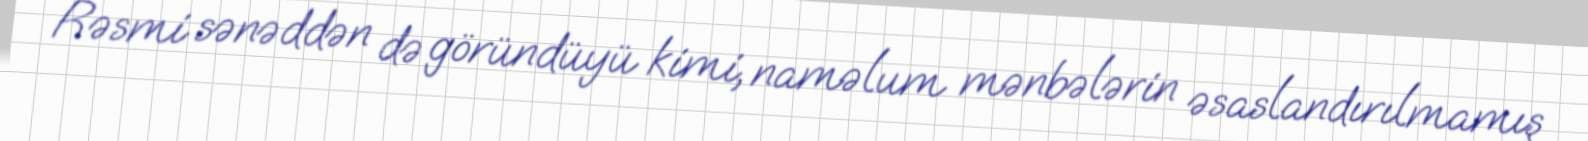
Rəsmi sənəddən də göründüyü kimi, naməlum mənbələrin əsaslandırılmamış